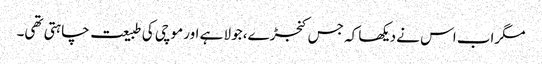
مگراب اس نے دیکھا کہ جس کنجڑے، جولا ہے اور موچی کی طبیعت چاہتی تھی۔